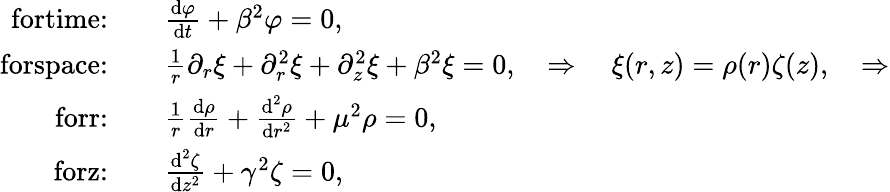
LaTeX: \begin{array}{rl}{\textrm{fortime:}\quad}&{\frac{\textrm{d}\varphi}{\textrm{d}t}+\beta^{2}\varphi=0,}\\ {\textrm{forspace:}\quad}&{\frac{1}{r}\partial_{r}\xi+\partial_{r}^{2}\xi+\partial_{z}^{2}\xi+\beta^{2}\xi=0,\quad\Rightarrow\quad\xi(r,z)=\rho(r)\zeta(z),\quad\Rightarrow}\\ {\textrm{forr:}\quad}&{\frac{1}{r}\frac{\textrm{d}\rho}{\textrm{d}r}+\frac{\textrm{d}^{2}\rho}{\textrm{d}r^{2}}+\mu^{2}\rho=0,}\\ {\textrm{forz:}\quad}&{\frac{\textrm{d}^{2}\zeta}{\textrm{d}z^{2}}+\gamma^{2}\zeta=0,}\end{array}